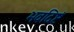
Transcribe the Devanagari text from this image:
भवदिष्टं